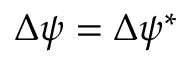
\Delta \psi = \Delta \psi ^ { * }